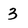
Character: 3